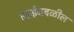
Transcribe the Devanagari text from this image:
वसईजवळील